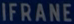
IFIRANE